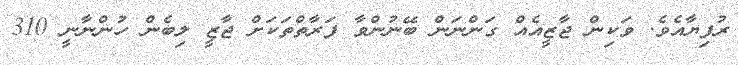
ރުފިޔާއެވެ. ވަކިން ޖާޒީއެއް ގަންނަން ބޭނުންވާ ފަރާތްތަކަށް ޖާޒީ ލިބެން ހުންނާނީ 310